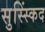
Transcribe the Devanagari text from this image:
सुस्स्किंद